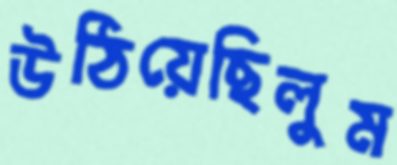
উঠিয়েছিলুম